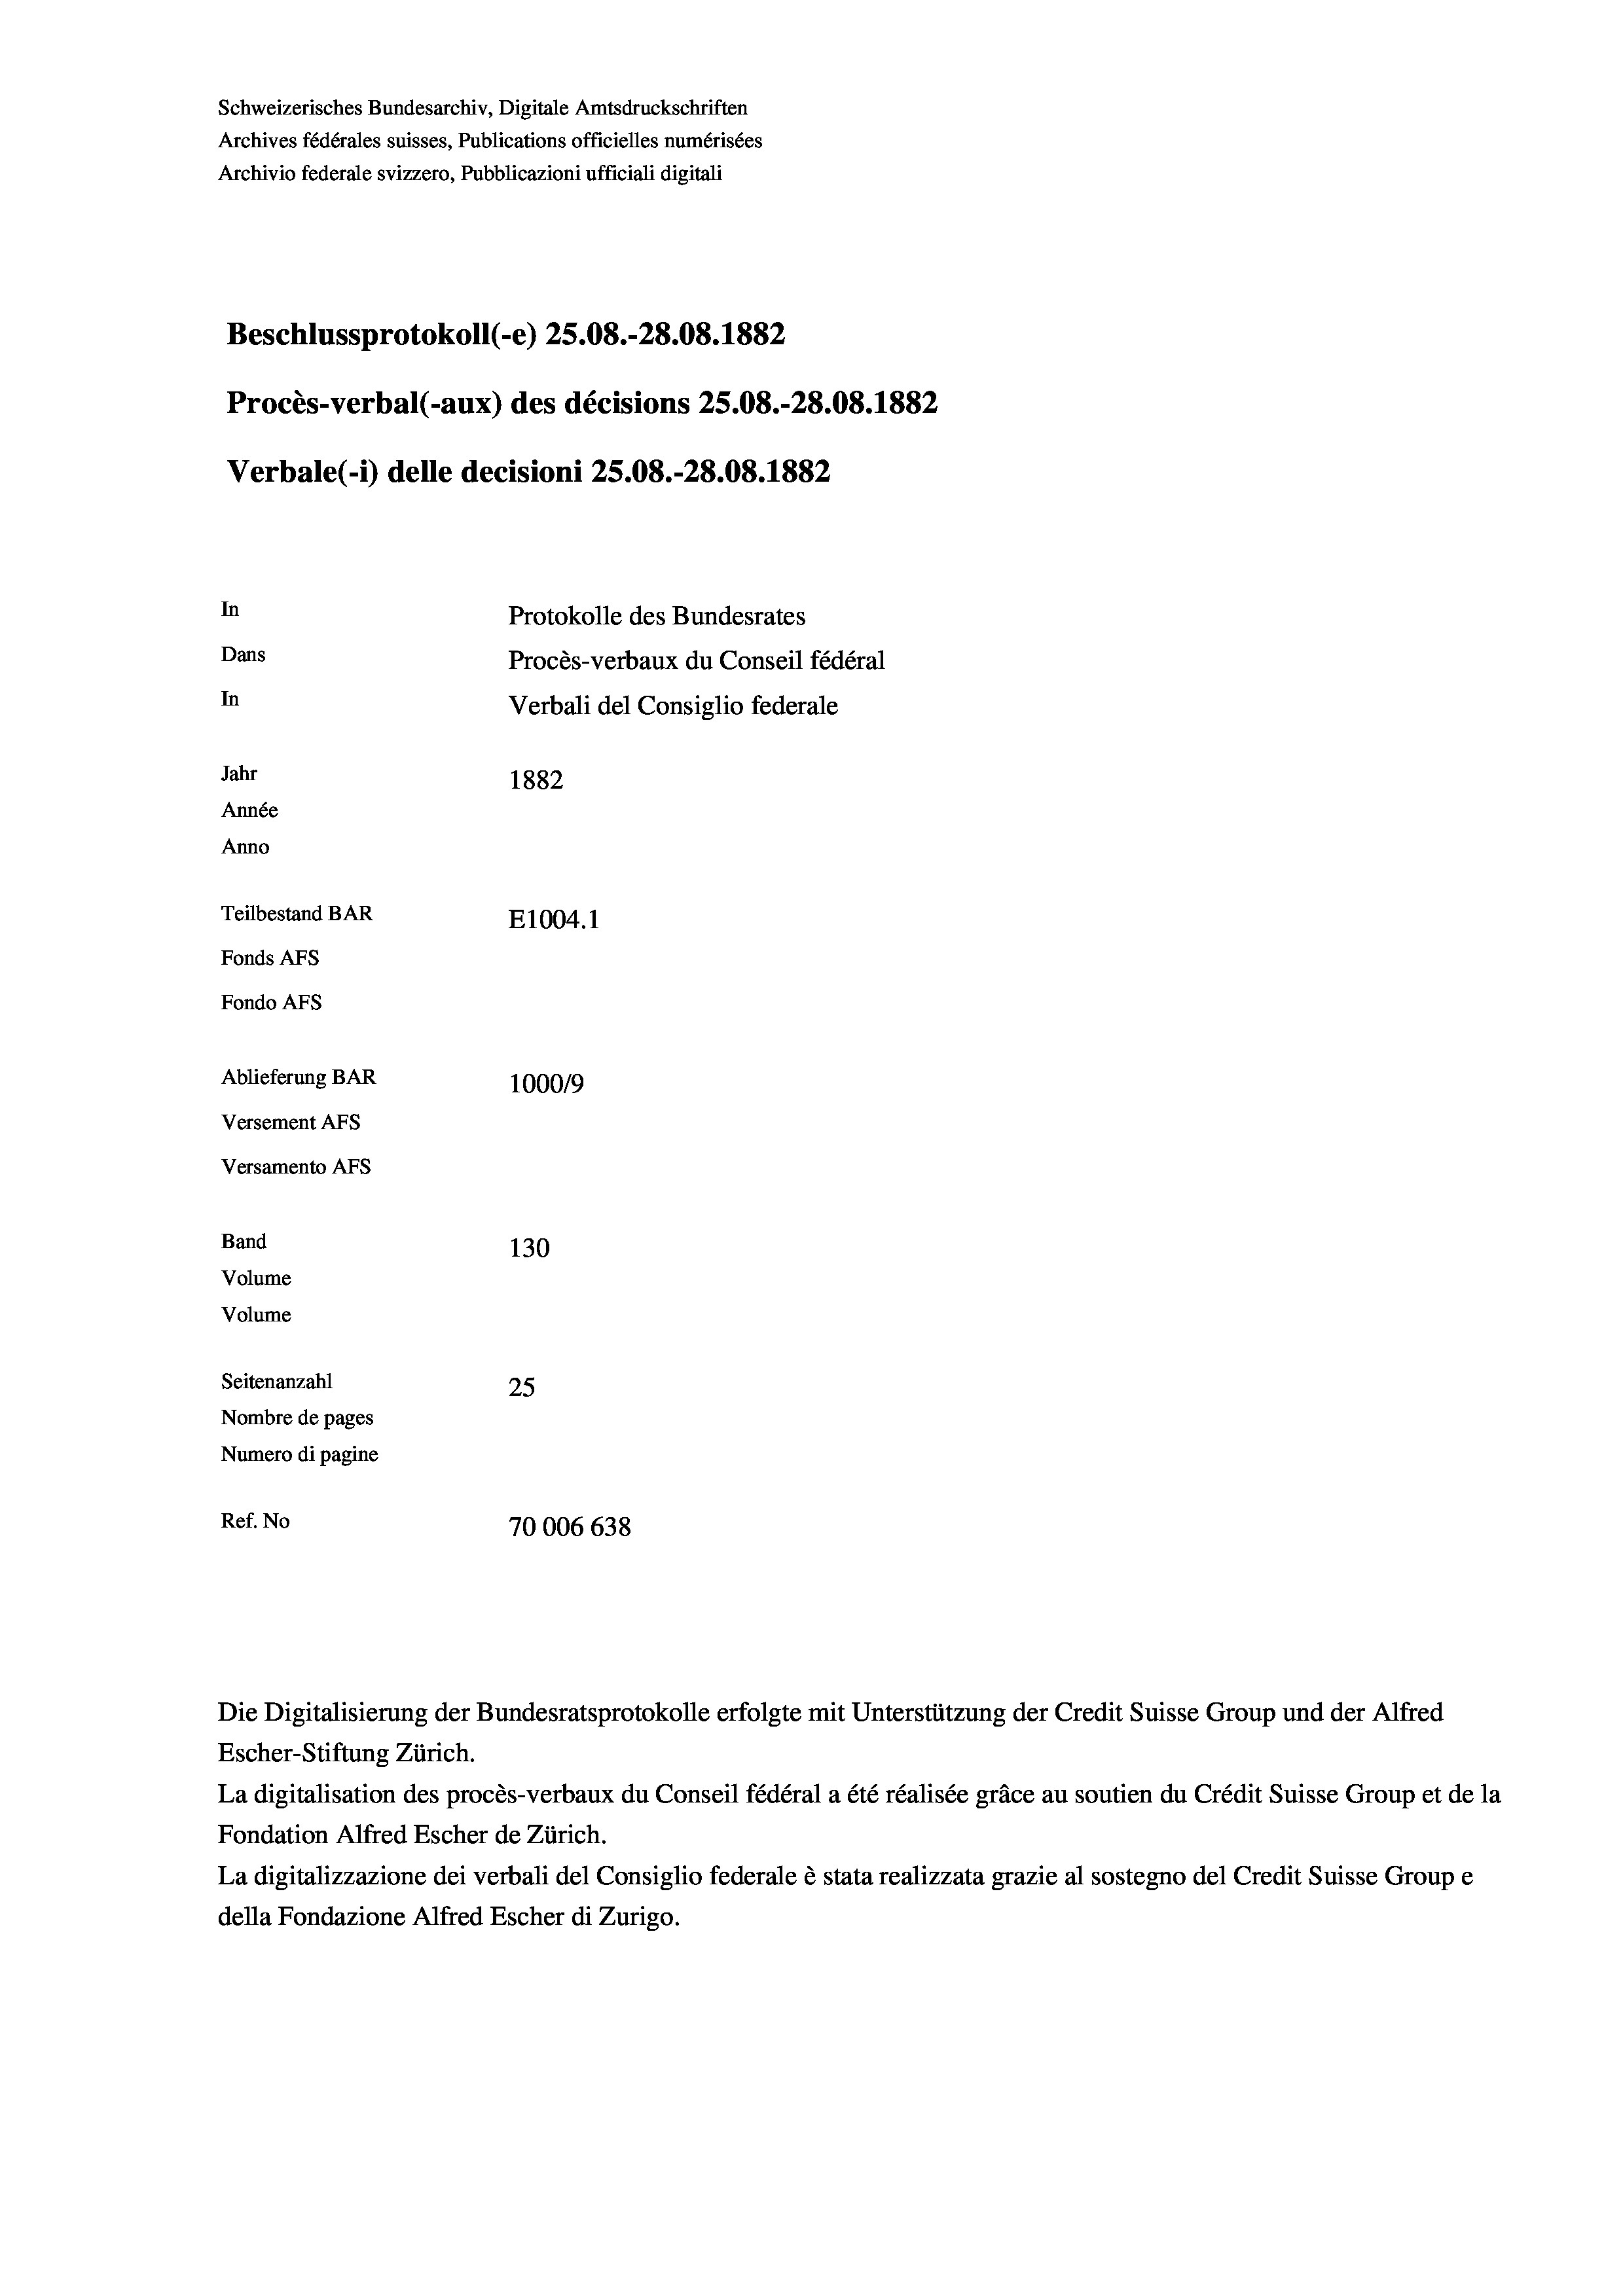
Schweizerisches Bundesarchiv, Digitale Amtsdruckschriften
Archives fédérales suisses, Publications officielles numérisées
Archivio federale svizzero, Pubblicazioni ufficiali digitali
Beschlussprotokoll (-e) 25.08.-28.08. 1882
Procès-verbal (-aux) des décisions 25.08.-28.08. 1882
Verbale(*) delle decisioni 25.08.-28.08. 1882
In
Protokolle des Bundesrates
Dans
Procès-verbaux du Conseil fédéral
In
Verbali del Consiglio federale
Jahr
1882
Année
Anno
Teilbestand BAR
E1004. 1
Fonds AFs
Fondo Afs
Ablieferung BAR
100019
Versement AFs
Versamento AFs
Band
130
Volume
Volume
Seitenanzahl
25
Nombre de pages
Numero di pagine
Ref. No
70006 638

Die Digitalisierung der Bundesratsprotokolle erfolgte mit Unterstützung der Credit Suisse Group und der Alfred
Escher-Stiftung Zürich.
La digitalisation des procès-verbaux du Conseil fédéral a été réalisée gräce au soutien du Crédit Suisse Group et de la
Fondation Alfred Escher de Zürich.
La digitalizzazione dei verbali del Consiglio federale è stata realizzata grazie al sostegno del Credit Suisse Groupe
della Fondazione Alfred Escher di Zurigo.